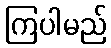
ကြပါမည်